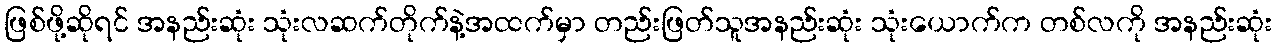
ဖြစ်ဖို့ဆိုရင် အနည်းဆုံး သုံးလဆက်တိုက်နဲ့အထက်မှာ တည်းဖြတ်သူအနည်းဆုံး သုံးယောက်က တစ်လကို အနည်းဆုံး